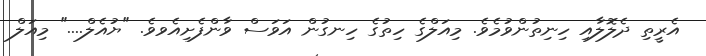
އެރީތި ދެލޮލާއި ހިނިތުންވުމެވެ. މިއަލްގެ ހިތުގެ ހިނގުން އަވަސް ވާންފެށިއެވވެ. "ޔުއެލް...." މިއަލް